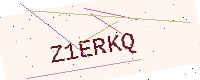
Text: Z1ERKQ